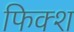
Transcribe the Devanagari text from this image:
फिक्श